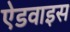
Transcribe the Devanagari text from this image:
ऐडवाइस